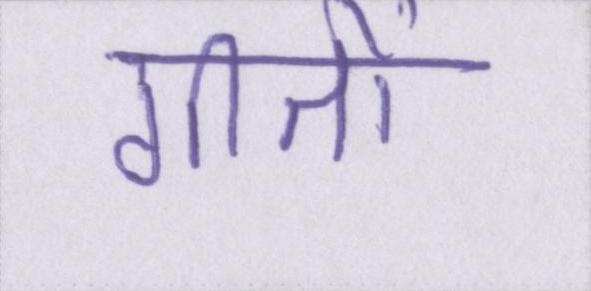
गीतों